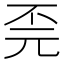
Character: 𫠫